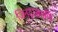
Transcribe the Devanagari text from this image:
जिनदासगणि